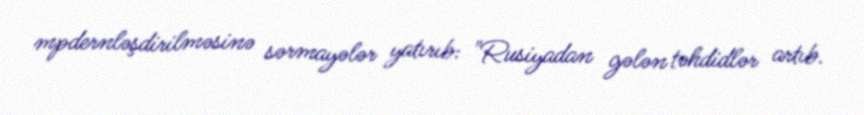
mpdernləşdirilməsinə sərmayələr yatırıb: "Rusiyadan gələn təhdidlər artıb.